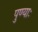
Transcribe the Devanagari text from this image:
पुण्याः